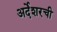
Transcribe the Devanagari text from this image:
अर्देशरची